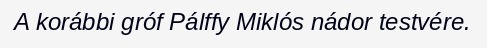
A korábbi gróf Pálffy Miklós nádor testvére.